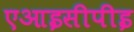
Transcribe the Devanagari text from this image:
एआइसीपीइ